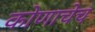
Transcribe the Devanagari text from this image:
कोणाचेच